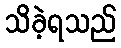
သိခဲ့ရသည်